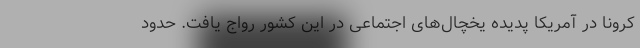
کرونا در آمریکا پدیده یخچال‌های اجتماعی در این کشور رواج یافت. حدود